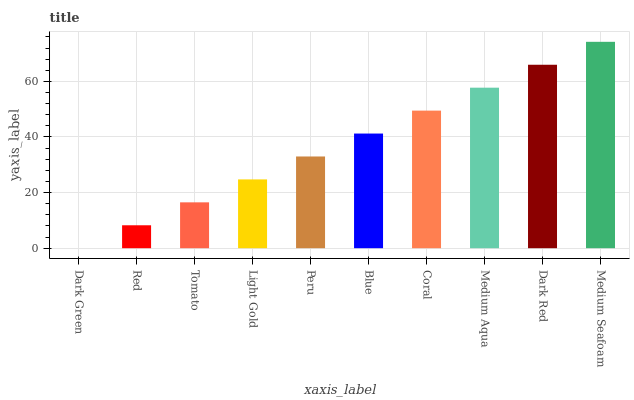
| xaxis_label | bars |
 | --- | --- |
 | Dark Green | 0 |
 | Red | 8.25 |
 | Tomato | 16.5 |
 | Light Gold | 24.7 |
 | Peru | 33 |
 | Blue | 41.2 |
 | Coral | 49.5 |
 | Medium Aqua | 57.7 |
 | Dark Red | 66 |
 | Medium Seafoam | 74.2 |